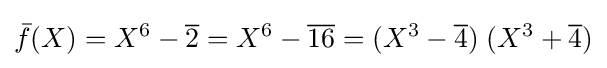
{\bar {f}}(X)=X^{6}-{\overline {2}}=X^{6}-{\overline {16}}=(X^{3}-{\overline {4}})\;(X^{3}+{\overline {4}})